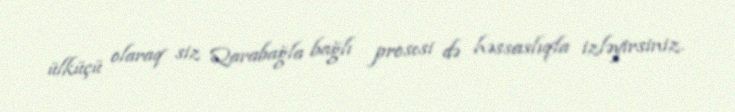
ülküçü olaraq siz Qarabağla bağlı prosesi də həssaslıqla izləyirsiniz.